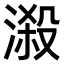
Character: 𣻑